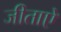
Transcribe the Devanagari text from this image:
जीताऐ